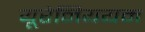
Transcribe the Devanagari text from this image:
यूरेनिययम